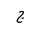
Letter: _gim